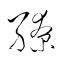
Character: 繚